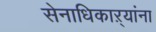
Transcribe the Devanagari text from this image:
सेनाधिकाऱ्यांना